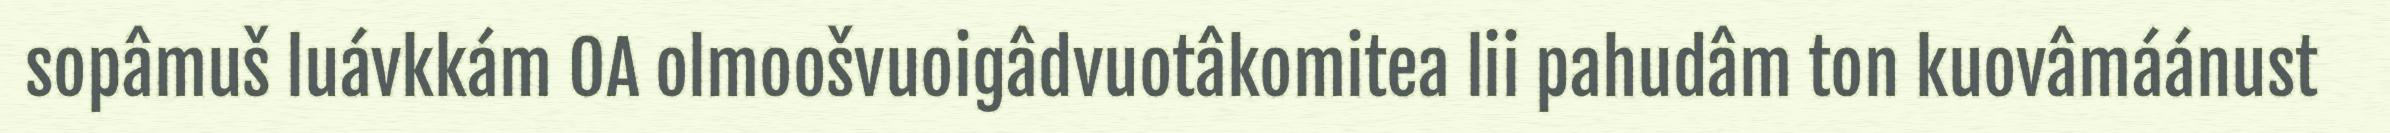
sopâmuš luávkkám OA olmoošvuoigâdvuotâkomitea lii pahudâm ton kuovâmáánust